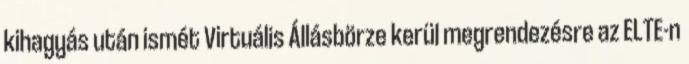
kihagyás után ismét Virtuális Állásbörze kerül megrendezésre az ELTE-n